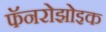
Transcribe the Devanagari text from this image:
फॅनरोझोइक